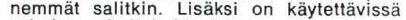
nemmät salitkin. Lisäksi on käytettävissä